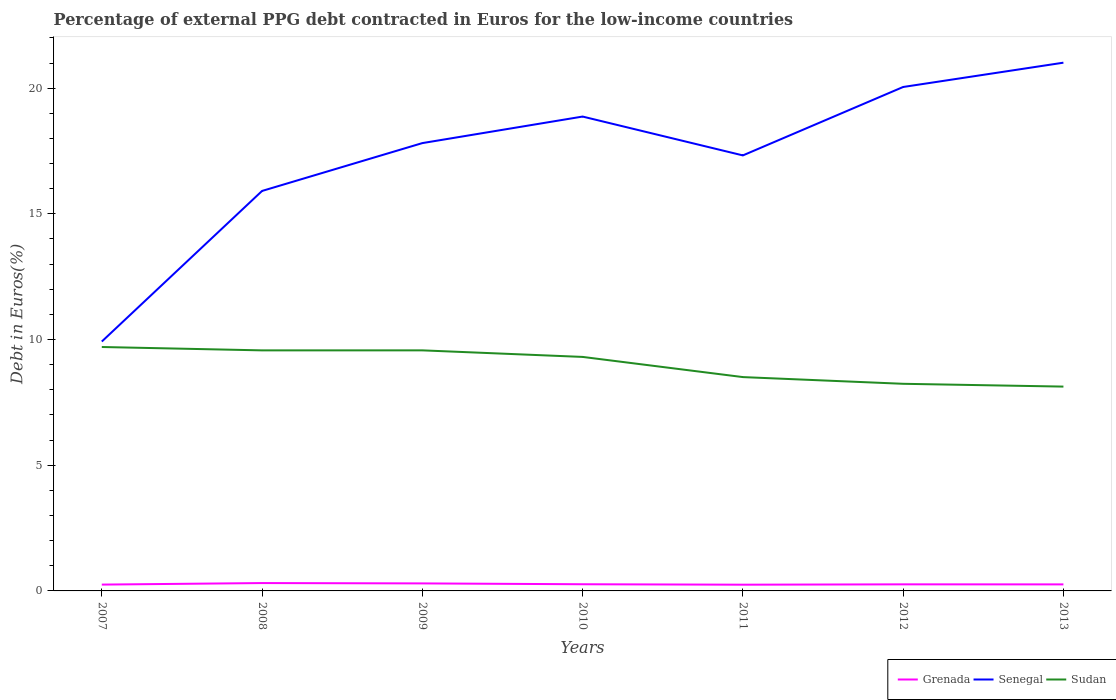
| Years | Grenada | Senegal | Sudan |
 | --- | --- | --- | --- |
 | 2007 | 0.252 | 9.92 | 9.7 |
 | 2008 | 0.313 | 15.9 | 9.57 |
 | 2009 | 0.299 | 17.8 | 9.57 |
 | 2010 | 0.266 | 18.9 | 9.31 |
 | 2011 | 0.248 | 17.3 | 8.51 |
 | 2012 | 0.261 | 20 | 8.24 |
 | 2013 | 0.26 | 21 | 8.13 |